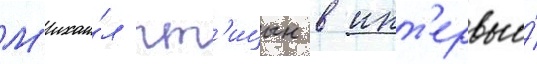
М'ихаи́л пт'ицын в инт'ервью́